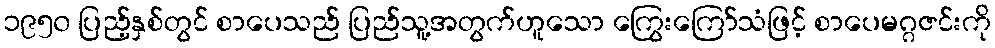
၁၉၅၀ ပြည့်နှစ်တွင် စာပေသည် ပြည်သူ့အတွက်ဟူသော ကြွေးကြော်သံဖြင့် စာပေမဂ္ဂဇင်းကို